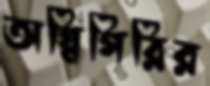
অগ্নিগিরির